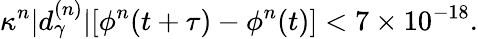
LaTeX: \kappa^{n}|d_{\gamma}^{(n)}|[\phi^{n}(t+\tau)-\phi^{n}(t)]<7\times 10^{-18}.